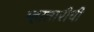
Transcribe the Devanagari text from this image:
म्हातारीची